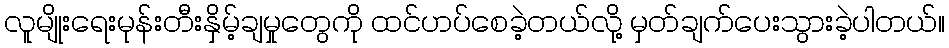
လူမျိုးရေးမုန်းတီးနှိမ့်ချမှုတွေကို ထင်ဟပ်စေခဲ့တယ်လို့ မှတ်ချက်ပေးသွားခဲ့ပါတယ်။